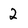
Character: 2